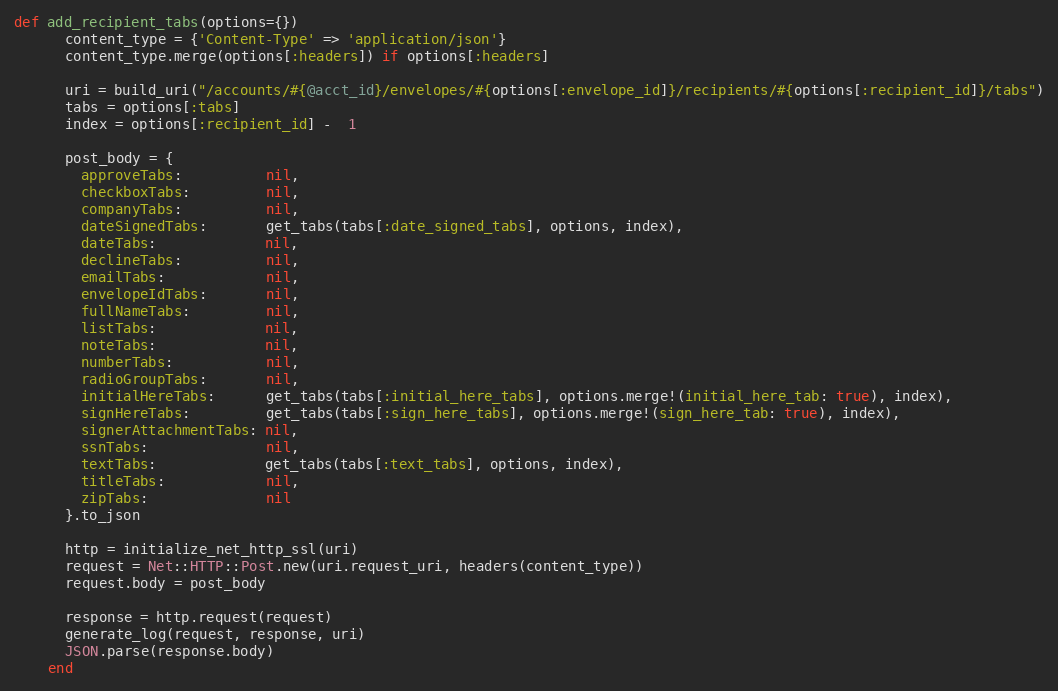
Language: Ruby
def add_recipient_tabs(options={})
      content_type = {'Content-Type' => 'application/json'}
      content_type.merge(options[:headers]) if options[:headers]

      uri = build_uri("/accounts/#{@acct_id}/envelopes/#{options[:envelope_id]}/recipients/#{options[:recipient_id]}/tabs")
      tabs = options[:tabs]
      index = options[:recipient_id] -  1

      post_body = {
        approveTabs:          nil,
        checkboxTabs:         nil,
        companyTabs:          nil,
        dateSignedTabs:       get_tabs(tabs[:date_signed_tabs], options, index),
        dateTabs:             nil,
        declineTabs:          nil,
        emailTabs:            nil,
        envelopeIdTabs:       nil,
        fullNameTabs:         nil,
        listTabs:             nil,
        noteTabs:             nil,
        numberTabs:           nil,
        radioGroupTabs:       nil,
        initialHereTabs:      get_tabs(tabs[:initial_here_tabs], options.merge!(initial_here_tab: true), index),
        signHereTabs:         get_tabs(tabs[:sign_here_tabs], options.merge!(sign_here_tab: true), index),
        signerAttachmentTabs: nil,
        ssnTabs:              nil,
        textTabs:             get_tabs(tabs[:text_tabs], options, index),
        titleTabs:            nil,
        zipTabs:              nil
      }.to_json

      http = initialize_net_http_ssl(uri)
      request = Net::HTTP::Post.new(uri.request_uri, headers(content_type))
      request.body = post_body

      response = http.request(request)
      generate_log(request, response, uri)
      JSON.parse(response.body)
    end